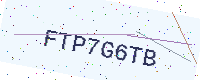
Text: FTP7G6TB